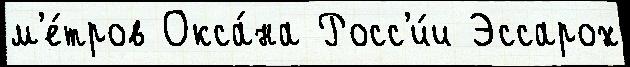
м'е́тров Окса́на Росс'и́и Эссарох